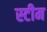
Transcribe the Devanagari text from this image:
स्‍टीम